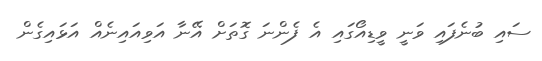
ސައި ބުނެފައި ވަނީ ވީޑިއޯގައި އެ ފެންނަ ގޮތަށް އޭނާ އަވިއައިނެއް އަޅައިގެން